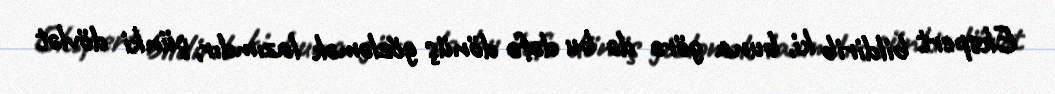
Ekspert bildirib ki, buna görə də bu dəfə dönüş gözləmək lazımdır, çünki dövlət